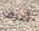
أعرف